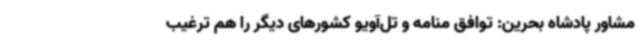
مشاور پادشاه بحرین: توافق منامه و تل‌آویو کشورهای دیگر را هم ترغیب